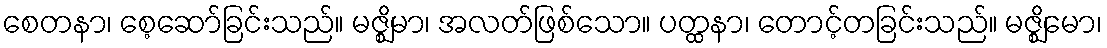
စေတနာ၊ စေ့ဆော်ခြင်းသည်။ မဇ္ဈိမာ၊ အလတ်ဖြစ်သော။ ပတ္ထနာ၊ တောင့်တခြင်းသည်။ မဇ္ဈိမော၊